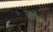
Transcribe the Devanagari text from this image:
जर्णल